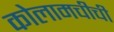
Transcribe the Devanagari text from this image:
कोलामचीची